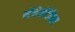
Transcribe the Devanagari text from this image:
मॅथेमॅटीक्स